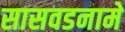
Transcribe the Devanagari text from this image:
सासवडनामे